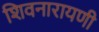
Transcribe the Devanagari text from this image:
शिवनारायणी